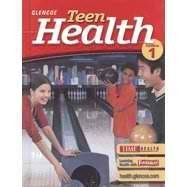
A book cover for Glencoe Teen Health - Course 1 (California Edition); et al Mary H. Branson; Health, Fitness & Dieting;